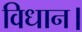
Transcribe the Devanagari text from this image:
विधान।